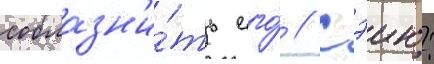
соблазн'и́ть его́ // Сэию: